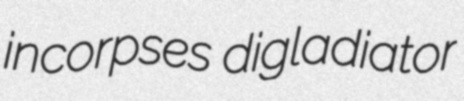
incorpses digladiator